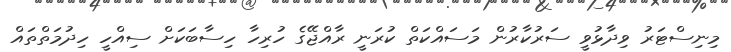
މިނިސްޓަރު ވިދާޅުވީ ސަރުކާރުން މަސައްކަތް ކުރަނީ ރާއްޖޭގެ ހުރިހާ ހިސާބަކަށް ސިއްހީ ހިދުމަތްތައް